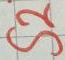
Text: S2